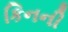
કિનની